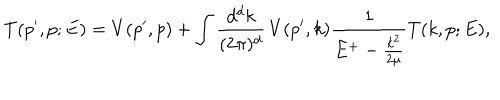
T ( p ^ { \prime } , p ; E ) = V ( p ^ { \prime } , p ) + \int \frac { d ^ { d } k } { ( 2 \pi ) ^ { d } } \, V ( p ^ { \prime } , k ) \frac { 1 } { E ^ { + } - \frac { k ^ { 2 } } { 2 \mu } } T ( k , p ; E ) ,